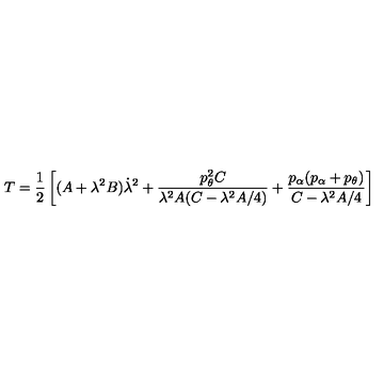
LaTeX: T = \frac { 1 } { 2 } \left[ ( A + \lambda ^ { 2 } B ) \dot { \lambda } ^ { 2 } + \frac { p _ { \theta } ^ { 2 } C } { \lambda ^ { 2 } A ( C - \lambda ^ { 2 } A / 4 ) } + \frac { p _ { \alpha } ( p _ { \alpha } + p _ { \theta } ) } { C - \lambda ^ { 2 } A / 4 } \right]